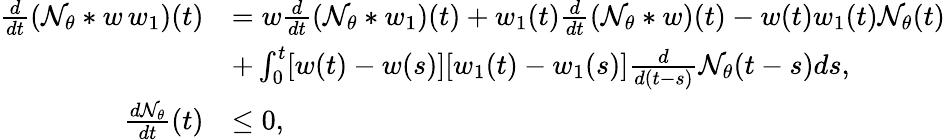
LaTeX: \begin{array}{rl}{\frac{d}{dt}(\mathcal{N}_{\theta}*w\, w_{1})(t)}&{=w\frac{d}{dt}(\mathcal{N}_{\theta}*w_{1})(t)+w_{1}(t)\frac{d}{dt}(\mathcal{N}_{\theta}*w)(t)-w(t)w_{1}(t)\mathcal{N}_{\theta}(t)}\\ &{+\int_{0}^{t}[w(t)-w(s)][w_{1}(t)-w_{1}(s)]\frac{d}{d(t-s)}\mathcal{N}_{\theta}(t-s)ds,}\\ {\frac{d\mathcal{N}_{\theta}}{dt}(t)}&{\leq 0,}\end{array}